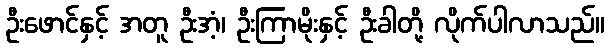
ဦးဖောင်နှင့် အတူ ဦးအံ့၊ ဦးကြာမိုးနှင့် ဦးခါတို့ လိုက်ပါလာသည်။